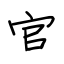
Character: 官